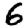
Digit: 6